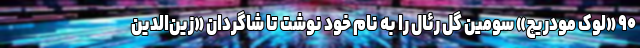
۹۰ «لوک مودریچ» سومین گل رئال را به نام خود نوشت تا شاگردان «زین‌الدین